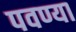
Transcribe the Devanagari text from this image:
पवण्या